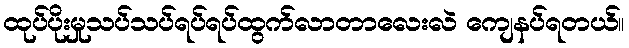
ထုပ်ပိုးမှုသပ်သပ်ရပ်ရပ်ထွက်လာတာလေးလဲ ကျေနပ်ရတယ်။